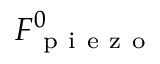
F _ { \mathrm { ~ p ~ i ~ e ~ z ~ o ~ } } ^ { 0 }